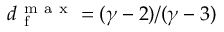
d _ { \mathrm { ~ f ~ } } ^ { \mathrm { ~ m ~ a ~ x ~ } } = ( \gamma - 2 ) / ( \gamma - 3 )